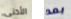
الأدنى بعد